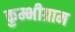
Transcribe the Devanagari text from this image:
कुम्भीग्राम